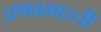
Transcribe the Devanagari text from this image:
प्रणवभारती